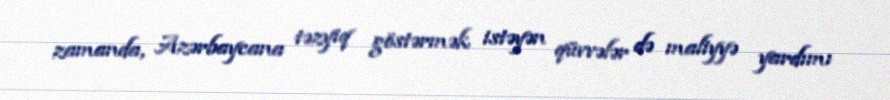
zamanda, Azərbaycana təzyiq göstərmək istəyən qüvvələr də maliyyə yardımı